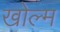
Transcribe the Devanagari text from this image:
खोल्म